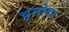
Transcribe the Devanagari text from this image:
चूलोदर